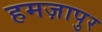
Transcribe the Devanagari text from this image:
हमज़ापुर